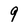
Character: 9